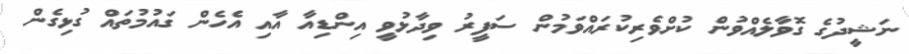
ނަޝީދުގެ ގޮވާލެއްވުން ކުށްވެރިކުރައްވަމުން ސަފީރު ވިދާޅުވީ އިންޑިއާ އާއި އެހެން ގައުމުތައް ގުޅިގެން